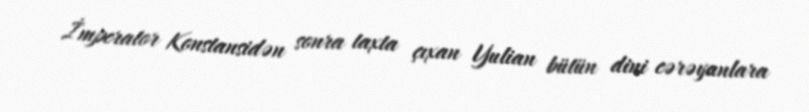
İmperator Konstansidən sonra taxta çıxan Yulian bütün dini cərəyanlara